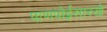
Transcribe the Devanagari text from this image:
पाणपोईसारखे